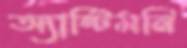
অ্যান্টিমনি